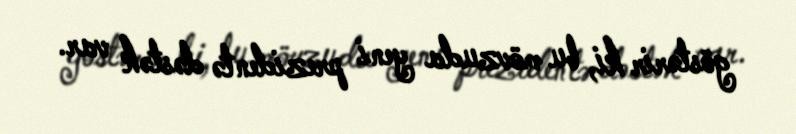
göstərir ki, bu mövzuda yeni prezidentə dəstək var.